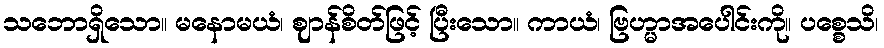
သဘောရှိသော။ မနောမယံ၊ ဈာန်စိတ်ဖြင့် ပြီးသော။ ကာယံ၊ ဗြဟ္မာအပေါင်းကို။ ပစ္စေသိ၊